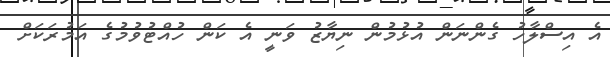
އެ އިސްލާހު ގެންނަން އުޅުމުން ނިޔާޒު ވަނީ އެ ކަން ހުއްޓުވުމުގެ އަމުރަކަށް